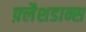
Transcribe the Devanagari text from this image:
फ़्लैशडान्स